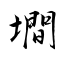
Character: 墹